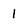
Character: 1